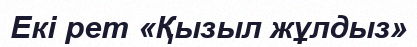
Екі рет «Қызыл жұлдыз»